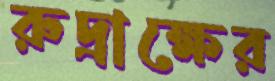
রুদ্রাক্ষের